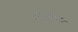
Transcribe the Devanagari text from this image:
गन्हेगार